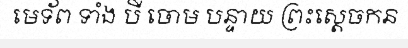
មេទ័ព ទាំង បី ចោម បន្ទាយ ព្រះស្តេចកន